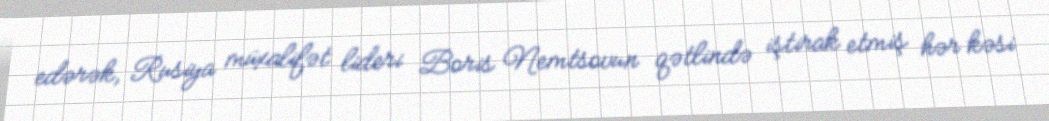
edərək, Rusiya müxalifət lideri Boris Nemtsovun qətlində iştirak etmiş hər kəsi